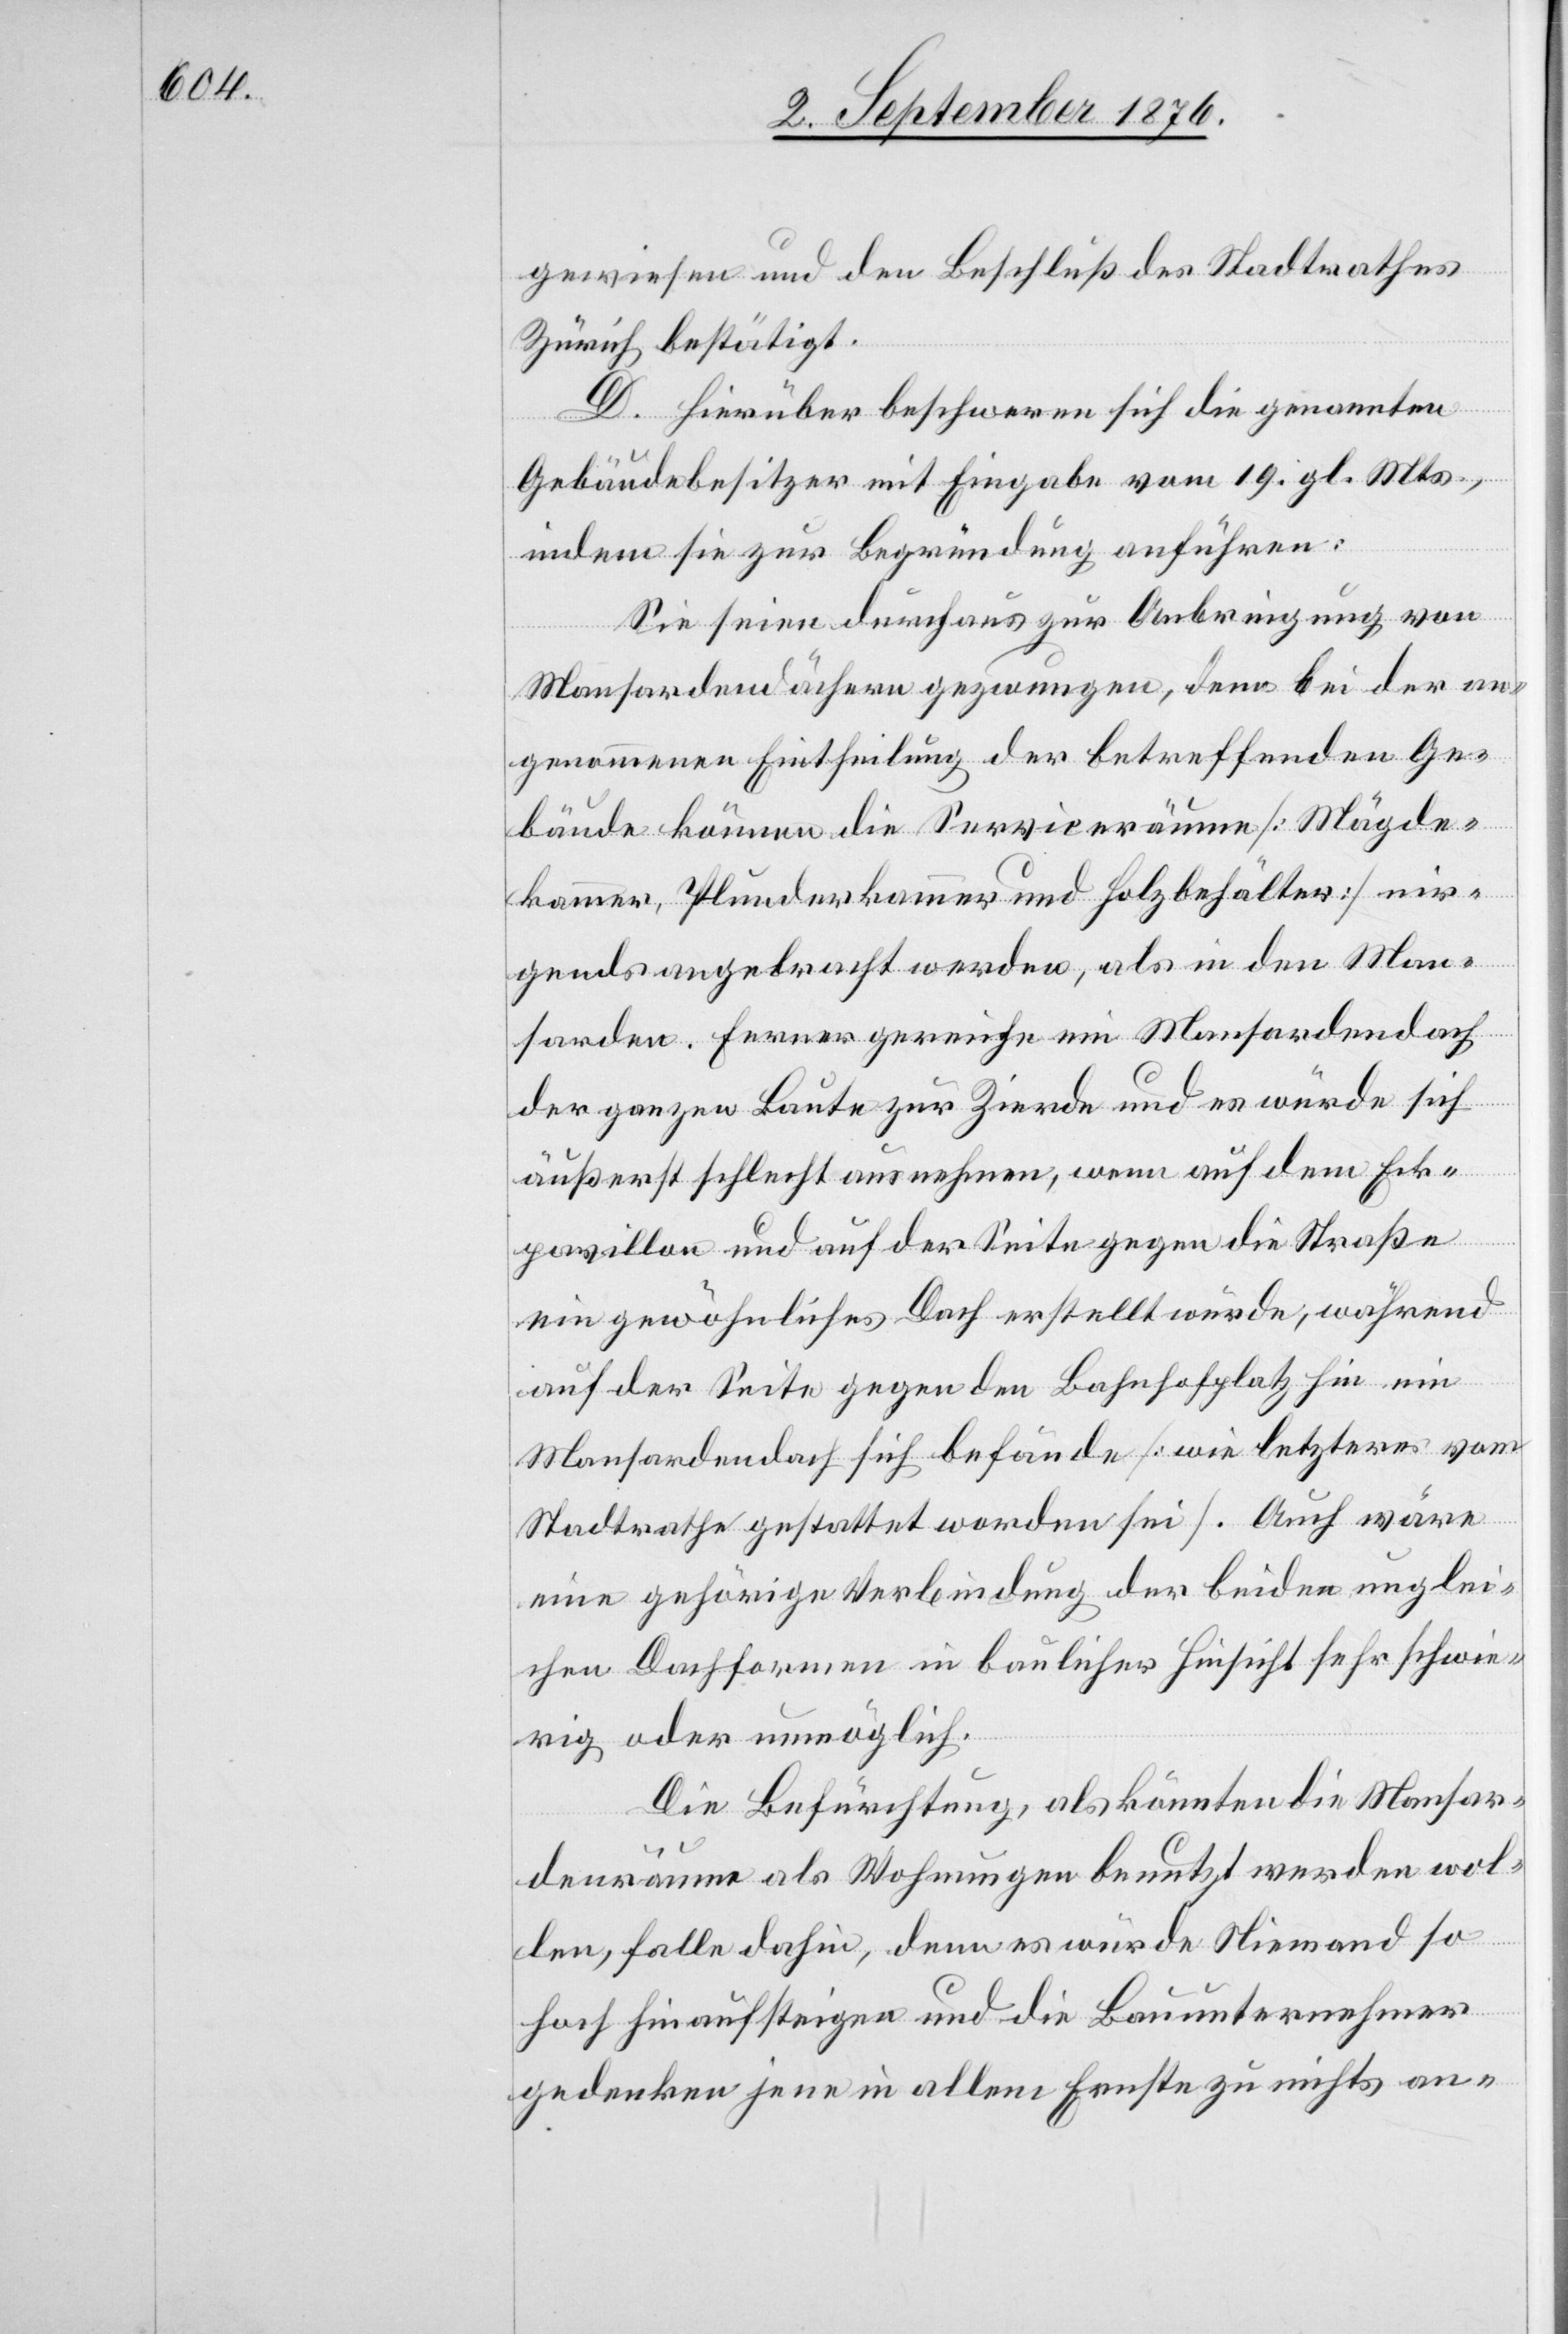
gewiesen und den Beschluß des Stadtrathes
Zürich bestätigt.
D. Hierüber beschweren sich die genannten
Gebäudebesitzer mit Eingabe vom 19. gl. Mts.,
indem sie zur Begründung anführen:
Sie seien durchaus zur Anbringung von
Mansardendächern gezwungen, denn bei der an¬
genommenen Eintheilung der betreffenden Ge¬
bäude können die Serviceräume [Mägde¬
kammer, Plunderkammer und Holzbehälter] nir¬
gends angebracht werden, als in den Man¬
sarden. Ferner gereiche ein Mansardendach
der ganzen Baute zur Zierde und es würde sich
äußerst schlecht ausnehmen, wenn auf dem Eck¬
pavillon und auf der Seite gegen die Straße
ein gewöhnliches Dach erstellt würde, während
auf der Seite gegen den Bahnhofplatz hin ein
Mansardendach sich befände [wie letzteres vom
Stadtrathe gestattet worden sei]. Auch wäre
eine gehörige Verbindung der beiden unglei¬
chen Dachformen in baulicher Hinsicht sehr schwie¬
rig oder unmöglich.
Die Befürchtung, als könnten die Mansar¬
denräume als Wohnungen benutzt werden wol¬
len, falle dahin, denn es würde Niemand so
hoch hinaufsteigen und die Bauunternehmer
gedenken jene in allem Ernste zu nichts an-